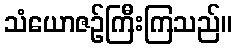
သံယောဇဉ်ကြီးကြသည်။